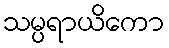
သမ္ပရာယိကော